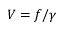
V = f / \gamma